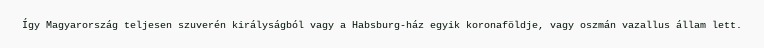
Így Magyarország teljesen szuverén királyságból vagy a Habsburg-ház egyik koronaföldje, vagy oszmán vazallus állam lett.